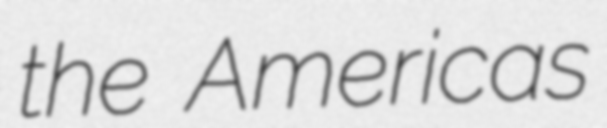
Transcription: the Americas